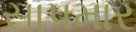
સાપમાર